Annual administration report of the Civil Veterinary Department of India - 1894-1895
Year: 1894
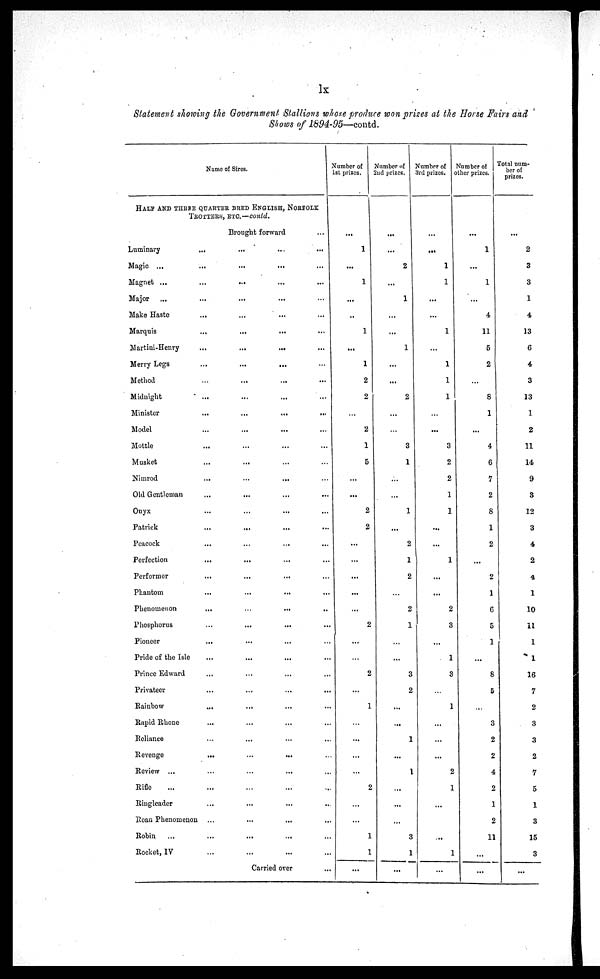
lx
Statement showing the Government Stallions whose produce won prizes at the Horse Fairs and
Shows of 1894-95—contd.
Name of Sires.
HALF AND THREE QUARTER BRED ENGLISH, NORFOLK
TROTTERS, ETC.—contd.
Brought forward
...
Luminary
...
...
...
...
Magic ...
...
...
...
...
Magnet ...
...
...
...
...
Major
...
...
...
... …
Make Haste
...
...
...
...
Marquis
...
...
...
...
Martini-Henry
...
...
...
...
Merry Legs
...
...
...
...
Method
...
...
...
...
Midnight
...
...
...
...
Minister
...
...
...
...
Model
...
...
...
...
Mottle
...
...
... ...
Musket
...
...
... ...
Nimrod
...
...
... ...
Old Gentleman
...
...
...
...
Onyx
...
...
...
...
Patrick
...
...
...
...
Peacock
...
...
...
...
Perfection
...
...
...
...
Performer
...
...
...
...
Phantom
...
...
...
...
Phenomenon
...
...
...
...
Phosphorus
...
...
...
...
Pioneer
...
...
...
...
Pride of the Isle
...
...
...
...
Prince Edward
...
…
...
...
Privateer
...
…
...
...
Rainbow
...
...
...
...
Rapid Rhone
...
...
...
...
Reliance
…
...
...
...
Revenge
...
...
... …
Review ...
…
…
...
...
Rifle
…
...
…
...
...
Ringleader
...
...
...
...
Roan Phenomenon
…
...
...
...
Robin
…
...
...
...
...
Rocket, IV
...
...
...
...
Carried over
...
Number of
1st prizes.
...
1
...
1
...
...
1
...
1
2
2
…
2
1
5
...
...
2
2
...
...
...
...
...
2
...
2
...
1
…
...
...
...
2
...
…
1
1
...
Number of
2nd prizes.
...
...
2
...
1
...
...
1
...
...
2
...
…
3
1
...
...
1
...
2
1
2
…
2
1
…
...
3
2
...
...
1
...
1
...
...
...
3
1
...
Number of
3rd
prizes.
...
...
1
1
...
...
1
...
1
1
1
…
...
3
2
2
1
1
...
...
1
...
...
2
3
...
1
3
…
1
...
...
...
2
1
...
…
...
1
...
Number of
other prizes.
...
1
...
1
...
4
11
5
2
…
8
1
...
4
6
7
2
8
1
2
...
2
1
6
5
1
...
8
5
…
3
2
2
4
2
1
2
11
...
...
Total num-
ber of
prizes.
...
2
3
3
1
4
13
6
4
3
13
1
2
11
14
9
3
12
3
4
2
4
1
10
11
1
1
16
7
2
3
3
2
7
5
1
3
15
3
...